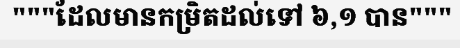
"""ដែលមានកម្រិតដល់ទៅ ៦,១ បាន"""